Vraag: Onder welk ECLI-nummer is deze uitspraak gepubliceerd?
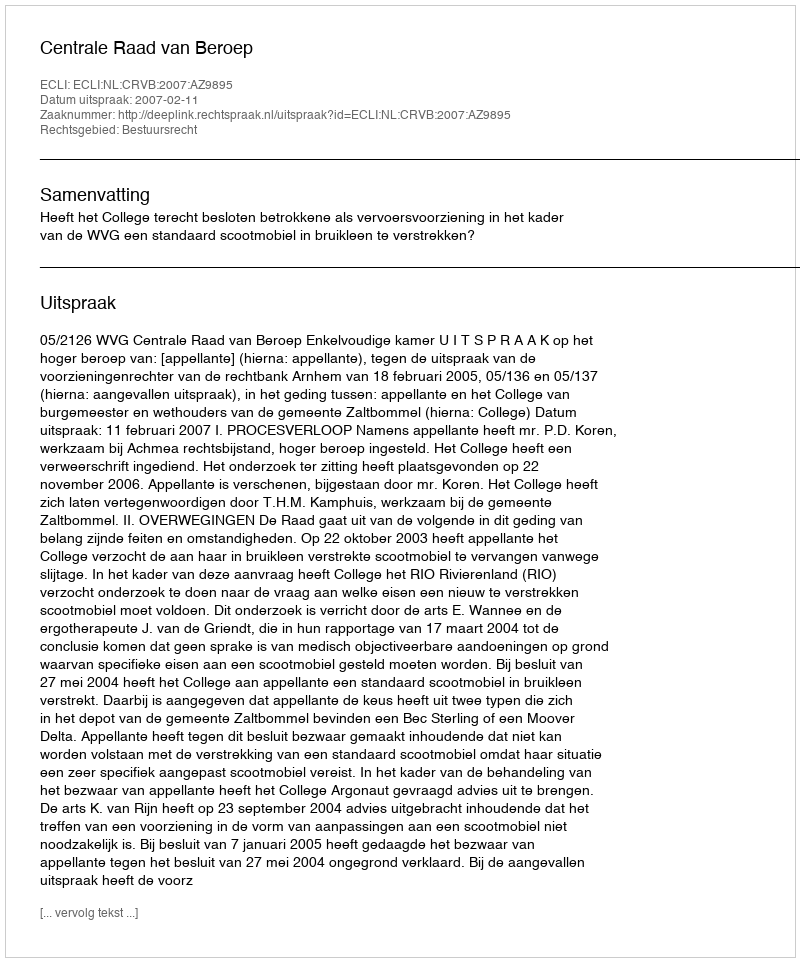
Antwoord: ECLI:NL:CRVB:2007:AZ9895